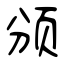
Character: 颁